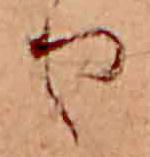
り